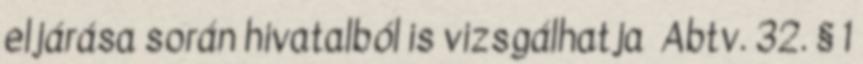
eljárása során hivatalból is vizsgálhatja Abtv. 32. § 1